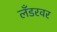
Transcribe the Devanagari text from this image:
लँडरवर